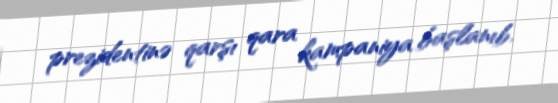
prezidentinə qarşı qara kampaniya başlanıb.